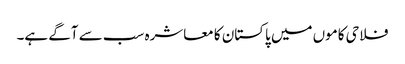
فلاحی کاموں میں پاکستان کا معاشرہ سب سے آگے ہے۔